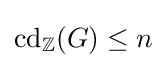
\operatorname {cd} _{\mathbb {Z} }(G)\leq n